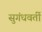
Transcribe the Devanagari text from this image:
सुगंधवर्ती